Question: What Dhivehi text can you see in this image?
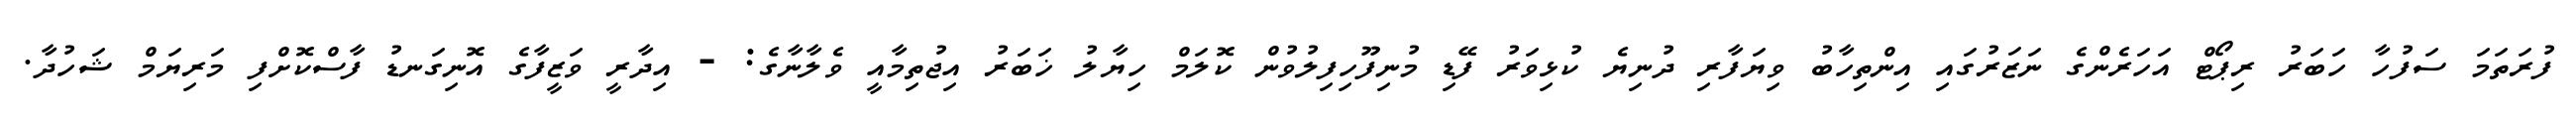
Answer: ފުރަތަމަ ސަފުހާ ހަބަރު ރިޕޯޓް އަހަރެންގެ ނަޒަރުގައި އިންތިހާބު ވިޔަފާރި ދުނިޔެ ކުޅިވަރު ފޭޑި މުނިފޫހިފިލުވުން ކޮލަމް ހިޔާލު ޚަބަރު އިޖުތިމާއީ ވެލާނާގެ: - އިދާރީ ވަޒީފާގެ އޮނިގަނޑު ފާސްކޮށްފި މަރިޔަމް ޝަހުދާ.